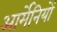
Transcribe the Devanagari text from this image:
आर्मेनियों